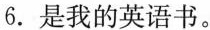
6.是我的英语书。